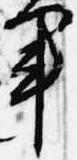
軍